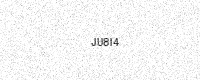
Text: JU8I4